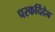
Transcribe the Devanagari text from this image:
परकर्दिदेव